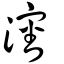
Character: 瀋